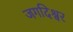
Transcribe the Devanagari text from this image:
जगदिश्वर